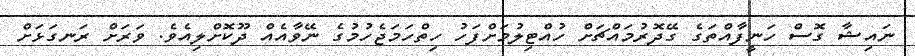
ނައިޝާ ގޮސް ހަނީފާއްތަގެ ގޭދޮރުމައްޗަށް ހުއްޓިލުމަށްފަހު ހިތްހަމަޖެހުމުގެ ނޭވާއެއް ދޫކޮށްލިއެވެ. ވަރަށް ރަނގަޅަށް